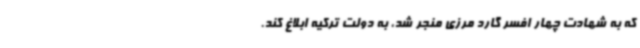
که به شهادت چهار افسر گارد مرزی منجر شد، به دولت ترکیه ابلاغ کند.